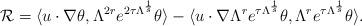
LaTeX: \begin{align*}\mathcal{R}=\langle u\cdot\nabla\theta,\Lambda^{2r}e^{2\tau\Lambda^{\frac{1}{s}}}\theta\rangle-\langle u\cdot\nabla \Lambda^r e^{\tau\Lambda^{\frac{1}{s}}}\theta,\Lambda^r e^{\tau\Lambda^{\frac{1}{s}}}\theta\rangle.\end{align*}